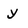
Character: y